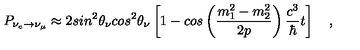
P _ { \nu _ { e } \rightarrow \nu _ { \mu } } \approx 2 s i n ^ { 2 } \theta _ { \nu } c o s ^ { 2 } \theta _ { \nu } \left[ 1 - c o s \left( \frac { m _ { 1 } ^ { 2 } - m _ { 2 } ^ { 2 } } { 2 p } \right) \frac { c ^ { 3 } } { \hbar } t \right] \quad ,